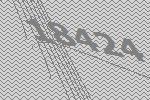
18424